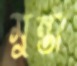
মুন্তা